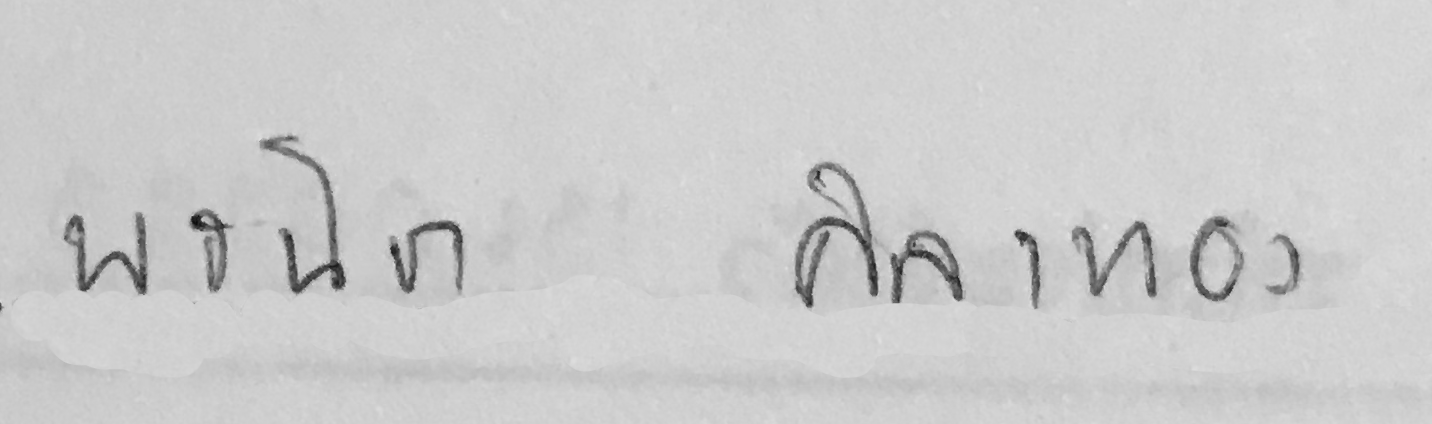
พรนิชา ศิลาทอง